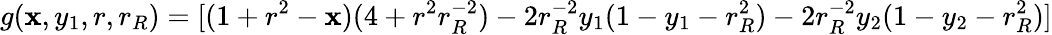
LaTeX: g(\mathbf{x},y_{1},r,r_{R})=[(1+r^{2}-\mathbf{x})(4+r^{2}r_{R}^{-2})-2r_{R}^{-2}y_{1}(1-y_{1}-r_{R}^{2})-2r_{R}^{-2}y_{2}(1-y_{2}-r_{R}^{2})]